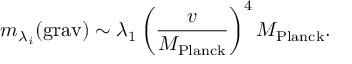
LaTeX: m _ { \lambda _ { i } } ( \mathrm { g r a v } ) \sim \lambda _ { 1 } \left( \frac { v } { M _ { \mathrm { P l a n c k } } } \right) ^ { 4 } M _ { \mathrm { P l a n c k } } .